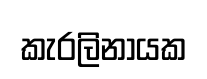
කැරලිනායක